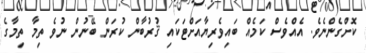
ކޮށްގެންނެވެ. އެއްވެސް ކަމެއް ބައިވެރިޔާއަށްޓަކައި ޤުރުބާން ކުރަން ބޭނުން ނުވެ ތިމާ ތިމާގެ